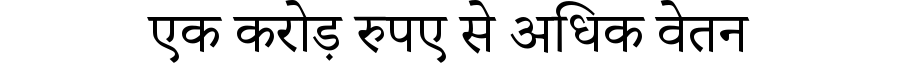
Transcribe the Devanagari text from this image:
एक करोड़ रुपए से अधिक वेतन